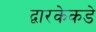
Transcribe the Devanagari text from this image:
द्वारकेकडे